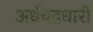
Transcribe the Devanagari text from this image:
अर्धचद्रधारी